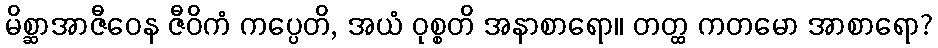
မိစ္ဆာအာဇီဝေန ဇီဝိကံ ကပ္ပေတိ, အယံ ဝုစ္စတိ အနာစာရော။ တတ္ထ ကတမော အာစာရော?